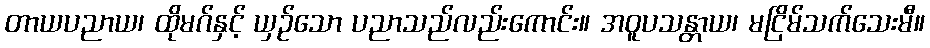
တာယပညာယ၊ ထိုမဂ်နှင့် ယှဉ်သော ပညာသည်လည်းကောင်း။ အဝူပသန္တာယ၊ မငြိမ်သက်သေးမီ။